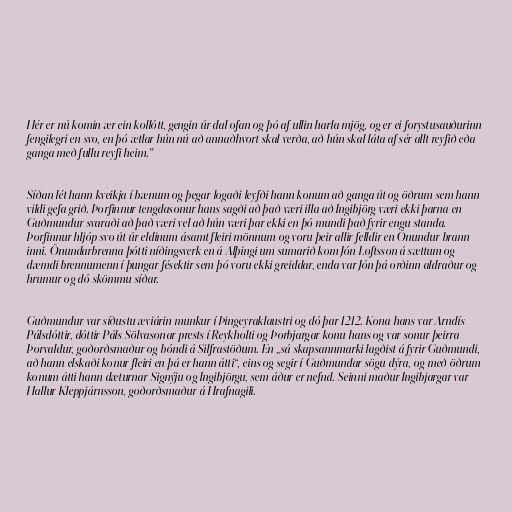
Hér er nú komin ær ein kollótt, gengin úr dal ofan og þó af ullin harla mjög, og er ei forystusauðurinn
fengilegri en svo, en þó ætlar hún nú að annaðhvort skal verða, að hún skal láta af sér allt reyfið eða
ganga með fullu reyfi heim."

Síðan lét hann kveikja í bænum og þegar logaði leyfði hann konum að ganga út og öðrum sem hann
vildi gefa grið. Þorfinnur tengdasonur hans sagði að það væri illa að Ingibjörg væri ekki þarna en
Guðmundur svaraði að það væri vel að hún væri þar ekki en þó mundi það fyrir engu standa.
Þorfinnur hljóp svo út úr eldinum ásamt fleiri mönnum og voru þeir allir felldir en Önundur brann
inni. Önundarbrenna þótti níðingsverk en á Alþingi um sumarið kom Jón Loftsson á sættum og
dæmdi brennumenn í þungar fésektir sem þó voru ekki greiddar, enda var Jón þá orðinn aldraður og
hrumur og dó skömmu síðar.

Guðmundur var síðustu æviárin munkur í Þingeyraklaustri og dó þar 1212. Kona hans var Arndís
Pálsdóttir, dóttir Páls Sölvasonar prests í Reykholti og Þorbjargar konu hans og var sonur þeirra
Þorvaldur, goðorðsmaður og bóndi á Silfrastöðum. En „sá skapsannmarki lagðist á fyrir Guðmundi,
að hann elskaði konur fleiri en þá er hann átti“, eins og segir í Guðmundar sögu dýra, og með öðrum
konum átti hann dæturnar Signýju og Ingibjörgu, sem áður er nefnd. Seinni maður Ingibjargar var
Hallur Kleppjárnsson, goðorðsmaður á Hrafnagili.